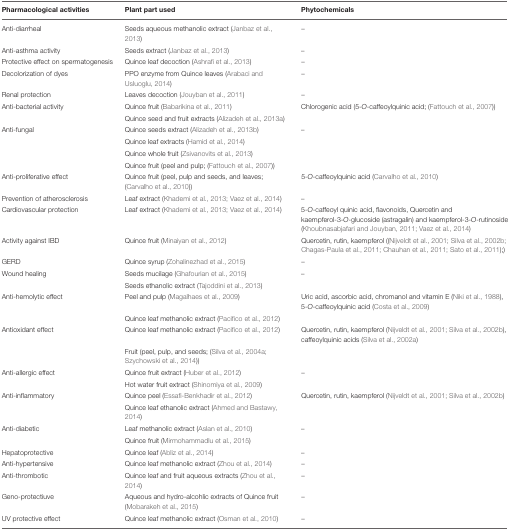
<table><thead><tr><td><b>Pharmacological activities</b></td><td><b>Plant part used</b></td><td><b>Phytochemicals</b></td></tr></thead><tbody><tr><td>Anti-diarrheal</td><td>Seeds aqueous methanolic extract (Janbaz et al., 2013)</td><td>–</td></tr><tr><td>Anti-asthma activity</td><td>Seeds extract (Janbaz et al., 2013)</td><td>–</td></tr><tr><td>Protective effect on spermatogenesis</td><td>Quince leaf decoction (Ashrafi et al., 2013)</td><td>–</td></tr><tr><td>Decolorization of dyes</td><td>PPO enzyme from Quince leaves (Arabaci and Usluoglu, 2014)</td><td>–</td></tr><tr><td>Renal protection</td><td>Leaves decoction (Jouyban et al., 2011)</td><td>–</td></tr><tr><td>Anti-bacterial activity</td><td>Quince fruit (Babarikina et al., 2011)</td><td>Chlorogenic acid (5-<i>O</i>-caffeoylquinic acid; (Fattouch et al., 2007))</td></tr><tr><td></td><td>Quince seed and fruit extracts (Alizadeh et al., 2013a)</td><td></td></tr><tr><td>Anti-fungal</td><td>Quince seeds extract (Alizadeh et al., 2013b)</td><td>–</td></tr><tr><td></td><td>Quince leaf extracts (Hamid et al., 2014)</td><td></td></tr><tr><td></td><td>Quince whole fruit (Zsivanovits et al., 2013)</td><td></td></tr><tr><td></td><td>Quince fruit (peel and pulp; (Fattouch et al., 2007))</td><td></td></tr><tr><td>Anti-proliferative effect</td><td>Quince fruit (peel, pulp and seeds, and leaves; (Carvalho et al., 2010))</td><td>5-<i>O-</i>caffeoylquinic acid (Carvalho et al., 2010)</td></tr><tr><td>Prevention of atherosclerosis</td><td>Leaf extract (Khademi et al., 2013; Vaez et al., 2014)</td><td>–</td></tr><tr><td>Cardiovascular protection</td><td>Leaf extract (Khademi et al., 2013; Vaez et al., 2014)</td><td>5-<i>O</i>-caffeoyl quinic acid, flavonoids, Quercetin and kaempferol-3-<i>O</i>-glucoside (astragalin) and kaempferol-3-<i>O</i>-rutinoside (Khoubnasabjafari and Jouyban, 2011; Vaez et al., 2014)</td></tr><tr><td>Activity against IBD</td><td>Quince fruit (Minaiyan et al., 2012)</td><td>Quercetin, rutin, kaempferol ((Nijveldt et al., 2001; Silva et al., 2002b; Chagas-Paula et al., 2011; Chauhan et al., 2011; Sato et al., 2011);)</td></tr><tr><td>GERD</td><td>Quince syrup (Zohalinezhad et al., 2015)</td><td>–</td></tr><tr><td>Wound healing</td><td>Seeds mucilage (Ghafourian et al., 2015)</td><td>–</td></tr><tr><td></td><td>Seeds ethanolic extract (Tajoddini et al., 2013)</td><td></td></tr><tr><td>Anti-hemolytic effect</td><td>Peel and pulp (Magalhaes et al., 2009)</td><td>Uric acid, ascorbic acid, chromanol and vitamin E (Niki et al., 1988), 5-<i>O-</i>caffeoylquinic acid (Costa et al., 2009)</td></tr><tr><td></td><td>Quince leaf methanolic extract (Pacifico et al., 2012)</td><td></td></tr><tr><td>Antioxidant effect</td><td>Quince leaf methanolic extract (Pacifico et al., 2012)</td><td>Quercetin, rutin, kaempferol (Nijveldt et al., 2001; Silva et al., 2002b), caffeoylquinic acids (Silva et al., 2002a)</td></tr><tr><td></td><td>Fruit (peel, pulp, and seeds; (Silva et al., 2004a; Szychowski et al., 2014))</td><td></td></tr><tr><td>Anti-allergic effect</td><td>Quince fruit extract (Huber et al., 2012)</td><td>–</td></tr><tr><td></td><td>Hot water fruit extract (Shinomiya et al., 2009)</td><td></td></tr><tr><td>Anti-inflammatory</td><td>Quince peel (Essafi-Benkhadir et al., 2012)</td><td>Quercetin, rutin, kaempferol (Nijveldt et al., 2001; Silva et al., 2002b)</td></tr><tr><td></td><td>Quince leaf ethanolic extract (Ahmed and Bastawy, 2014)</td><td></td></tr><tr><td>Anti-diabetic</td><td>Leaf methanolic extract (Aslan et al., 2010)</td><td>–</td></tr><tr><td></td><td>Quince fruit (Mirmohammadlu et al., 2015)</td><td></td></tr><tr><td>Hepatoprotective</td><td>Quince leaf (Abliz et al., 2014)</td><td>–</td></tr><tr><td>Anti-hypertensive</td><td>Quince leaf methanolic extract (Zhou et al., 2014)</td><td>–</td></tr><tr><td>Anti-thrombotic</td><td>Quince leaf and fruit aqueous extracts (Zhou et al., 2014)</td><td>–</td></tr><tr><td>Geno-protectiuve</td><td>Aqueous and hydro-alcohlic extracts of Quince fruit (Mobarakeh et al., 2015)</td><td>–</td></tr><tr><td>UV protective effect</td><td>Quince leaf methanolic extract (Osman et al., 2010)</td><td>–</td></tr></tbody></table>